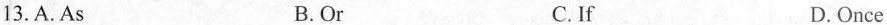
13.A.As B.Or C.If D.Once